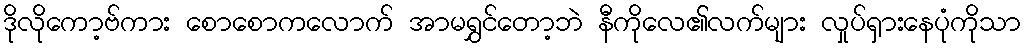
ဒိုလိုကော့ဗ်ကား စောစောကလောက် အာမရွှင်တော့ဘဲ နီကိုလေ၏လက်များ လှုပ်ရှားနေပုံကိုသာ